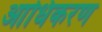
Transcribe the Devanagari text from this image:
आधिकरण